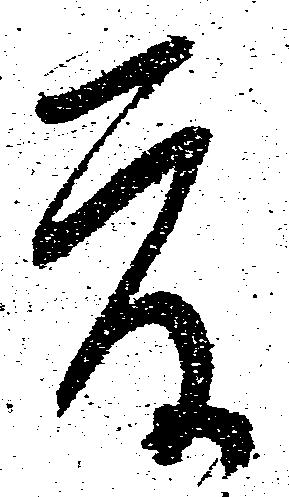
度